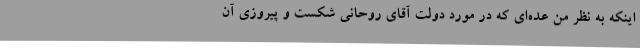
اینکه به نظر من عده‌ای که در مورد دولت آقای روحانی شکست و پیروزی آن